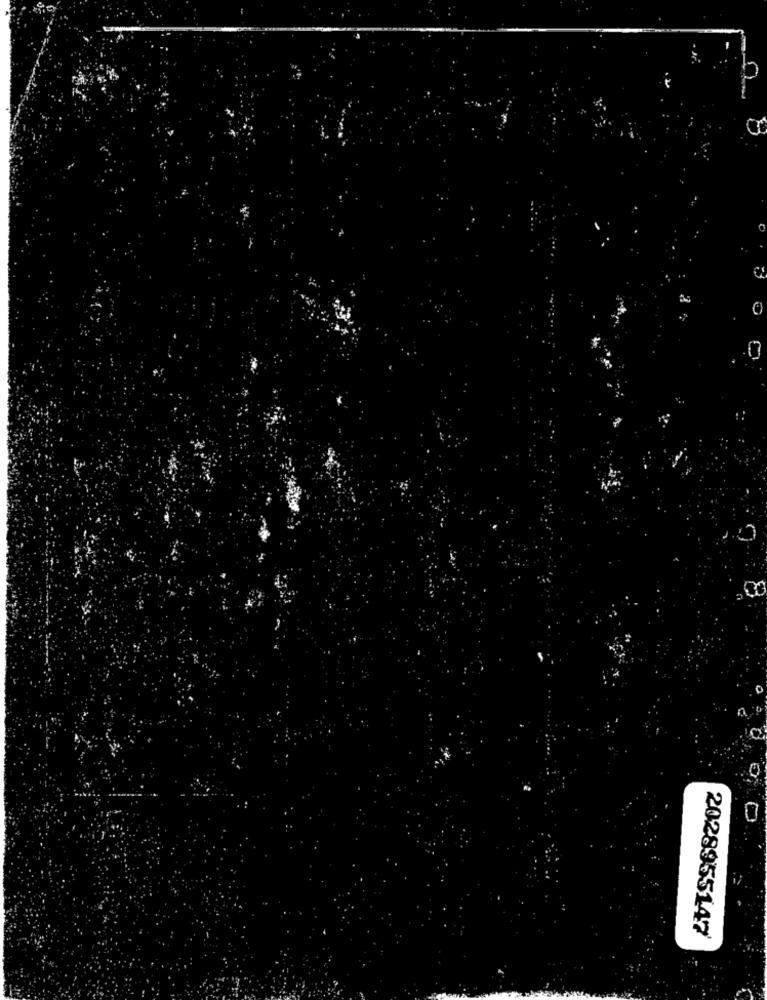
AM
2028955147